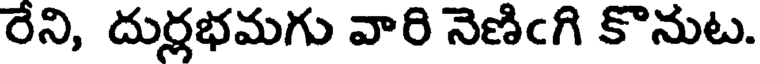
రేని, దుర్లభమగు వారి నెణిఁగి కొనుట.